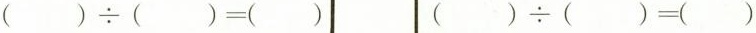
$$( ) \div ( ) = ( )$$ $$( ) \div ( ) = ( )$$